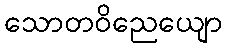
သောတဝိညေယျော